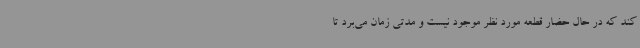
کند که در حال حضار قطعه مورد نظر موجود نیست و مدتی زمان می‌برد تا